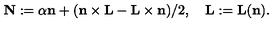
{ \bf N } : = \alpha { \bf n } + ( { \bf n } \times { \bf L } - { \bf L } \times { \bf n } ) / 2 , \quad { \bf L } : = { \bf L } ( { \bf n } ) .